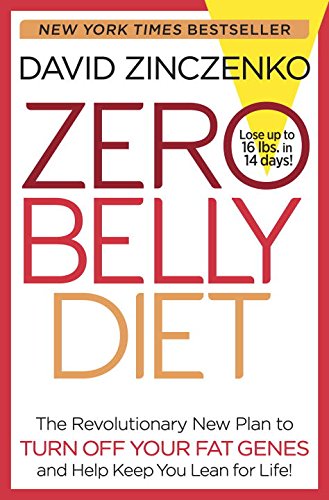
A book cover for Zero Belly Diet: Lose Up to 16 lbs. in 14 Days!; David Zinczenko; Health, Fitness & Dieting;